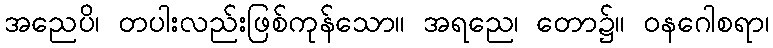
အညေပိ၊ တပါးလည်းဖြစ်ကုန်သော။ အရညေ၊ တော၌။ ဝနဂေါစရာ၊